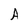
Character: A